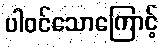
ပါဝင်သောကြောင့်